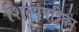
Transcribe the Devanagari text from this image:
शिल्पपट्टिका